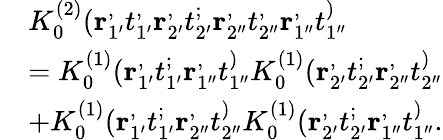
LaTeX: \begin{array}{rl}&{K_{0}^{(2)}(\mathbf{r}_{1^{\prime}}^,t_{1^{\prime}}^,\mathbf{r}_{2^{\prime}}^,t_{2^{\prime}}^;\mathbf{r}_{2^{\prime\prime}}^,t_{2^{\prime\prime}}^,\mathbf{r}_{1^{\prime\prime}}^,t_{1^{\prime\prime}}^)}\\ &{=K_{0}^{(1)}(\mathbf{r}_{1^{\prime}}^,t_{1^{\prime}}^;\mathbf{r}_{1^{\prime\prime}}^,t_{1^{\prime\prime}}^)K_{0}^{(1)}(\mathbf{r}_{2^{\prime}}^,t_{2^{\prime}}^;\mathbf{r}_{2^{\prime\prime}}^,t_{2^{\prime\prime}}^)}\\ &{+K_{0}^{(1)}(\mathbf{r}_{1^{\prime}}^,t_{1^{\prime}}^;\mathbf{r}_{2^{\prime\prime}}^,t_{2^{\prime\prime}}^)K_{0}^{(1)}(\mathbf{r}_{2^{\prime}}^,t_{2^{\prime}}^;\mathbf{r}_{1^{\prime\prime}}^,t_{1^{\prime\prime}}^).}\end{array}